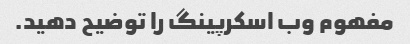
مفهوم وب اسکرپینگ را توضیح دهید.